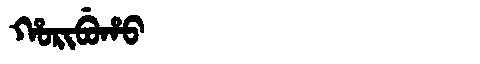
Manchu: ᡥᠣᡵᡳᠪᡠᡥᠣ
Romanization: HORIBUHO